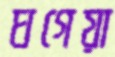
ঘগেয়া